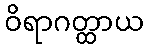
ဝိရာဂတ္ထာယ